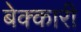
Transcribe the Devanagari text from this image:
बेक्कारी